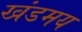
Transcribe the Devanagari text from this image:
खंडमय